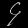
Digit: ၄